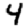
Digit: 4